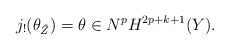
LaTeX: \begin{align*} j_! (\theta_{\tilde Z})=\theta \in N^p H^{2p+k+1}(Y).\end{align*}